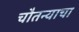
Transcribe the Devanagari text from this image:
चौतन्याचा